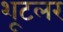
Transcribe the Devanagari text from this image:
शूटलर